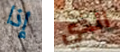
إذا الذي